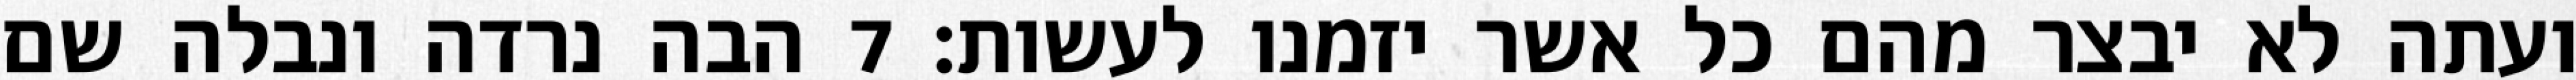
ועתה לא יבצר מהם כל אשר יזמנו לעשות׃ ‎7‏ הבה נרדה ונבלה שם